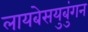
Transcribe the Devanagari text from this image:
लायबेसयुबुंगन